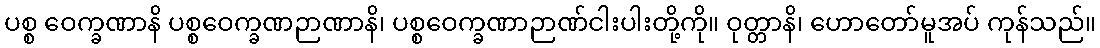
ပစ္စ ဝေက္ခဏာနိ ပစ္စဝေက္ခဏဉာဏာနိ၊ ပစ္စဝေက္ခဏာဉာဏ်ငါးပါးတို့ကို။ ဝုတ္တာနိ၊ ဟောတော်မူအပ် ကုန်သည်။